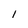
Character: l